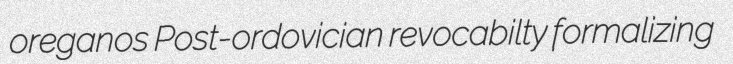
oreganos Post-ordovician revocabilty formalizing